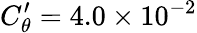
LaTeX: C_{\theta}^{\prime}=4.0\times 10^{-2}